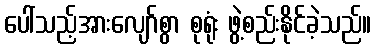
ပေါ်သည့်အားလျော်စွာ စုရုံး ဖွဲ့စည်းနိုင်ခဲ့သည်။